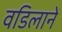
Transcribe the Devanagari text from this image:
वडिलानें